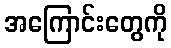
အကြောင်းတွေကို